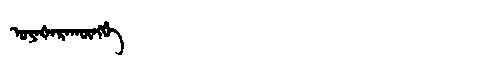
Manchu: ᡠᠶᠠᡧᠠᡵᠠᡴᡡᠩᡤᡝ
Romanization: UYAŠARAKŪNGGE